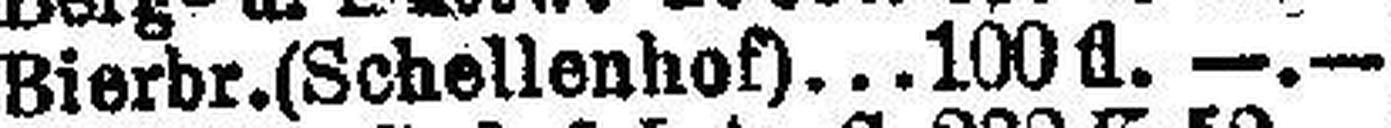
Bierbr. (Schellenhof) 100 fl. —.—